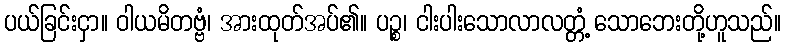
ပယ်ခြင်းငှာ။ ဝါယမိတဗ္ဗံ၊ အားထုတ်အပ်၏။ ပဉ္စ၊ ငါးပါးသောလာလတ္တံ့ သောဘေးတို့ဟူသည်။